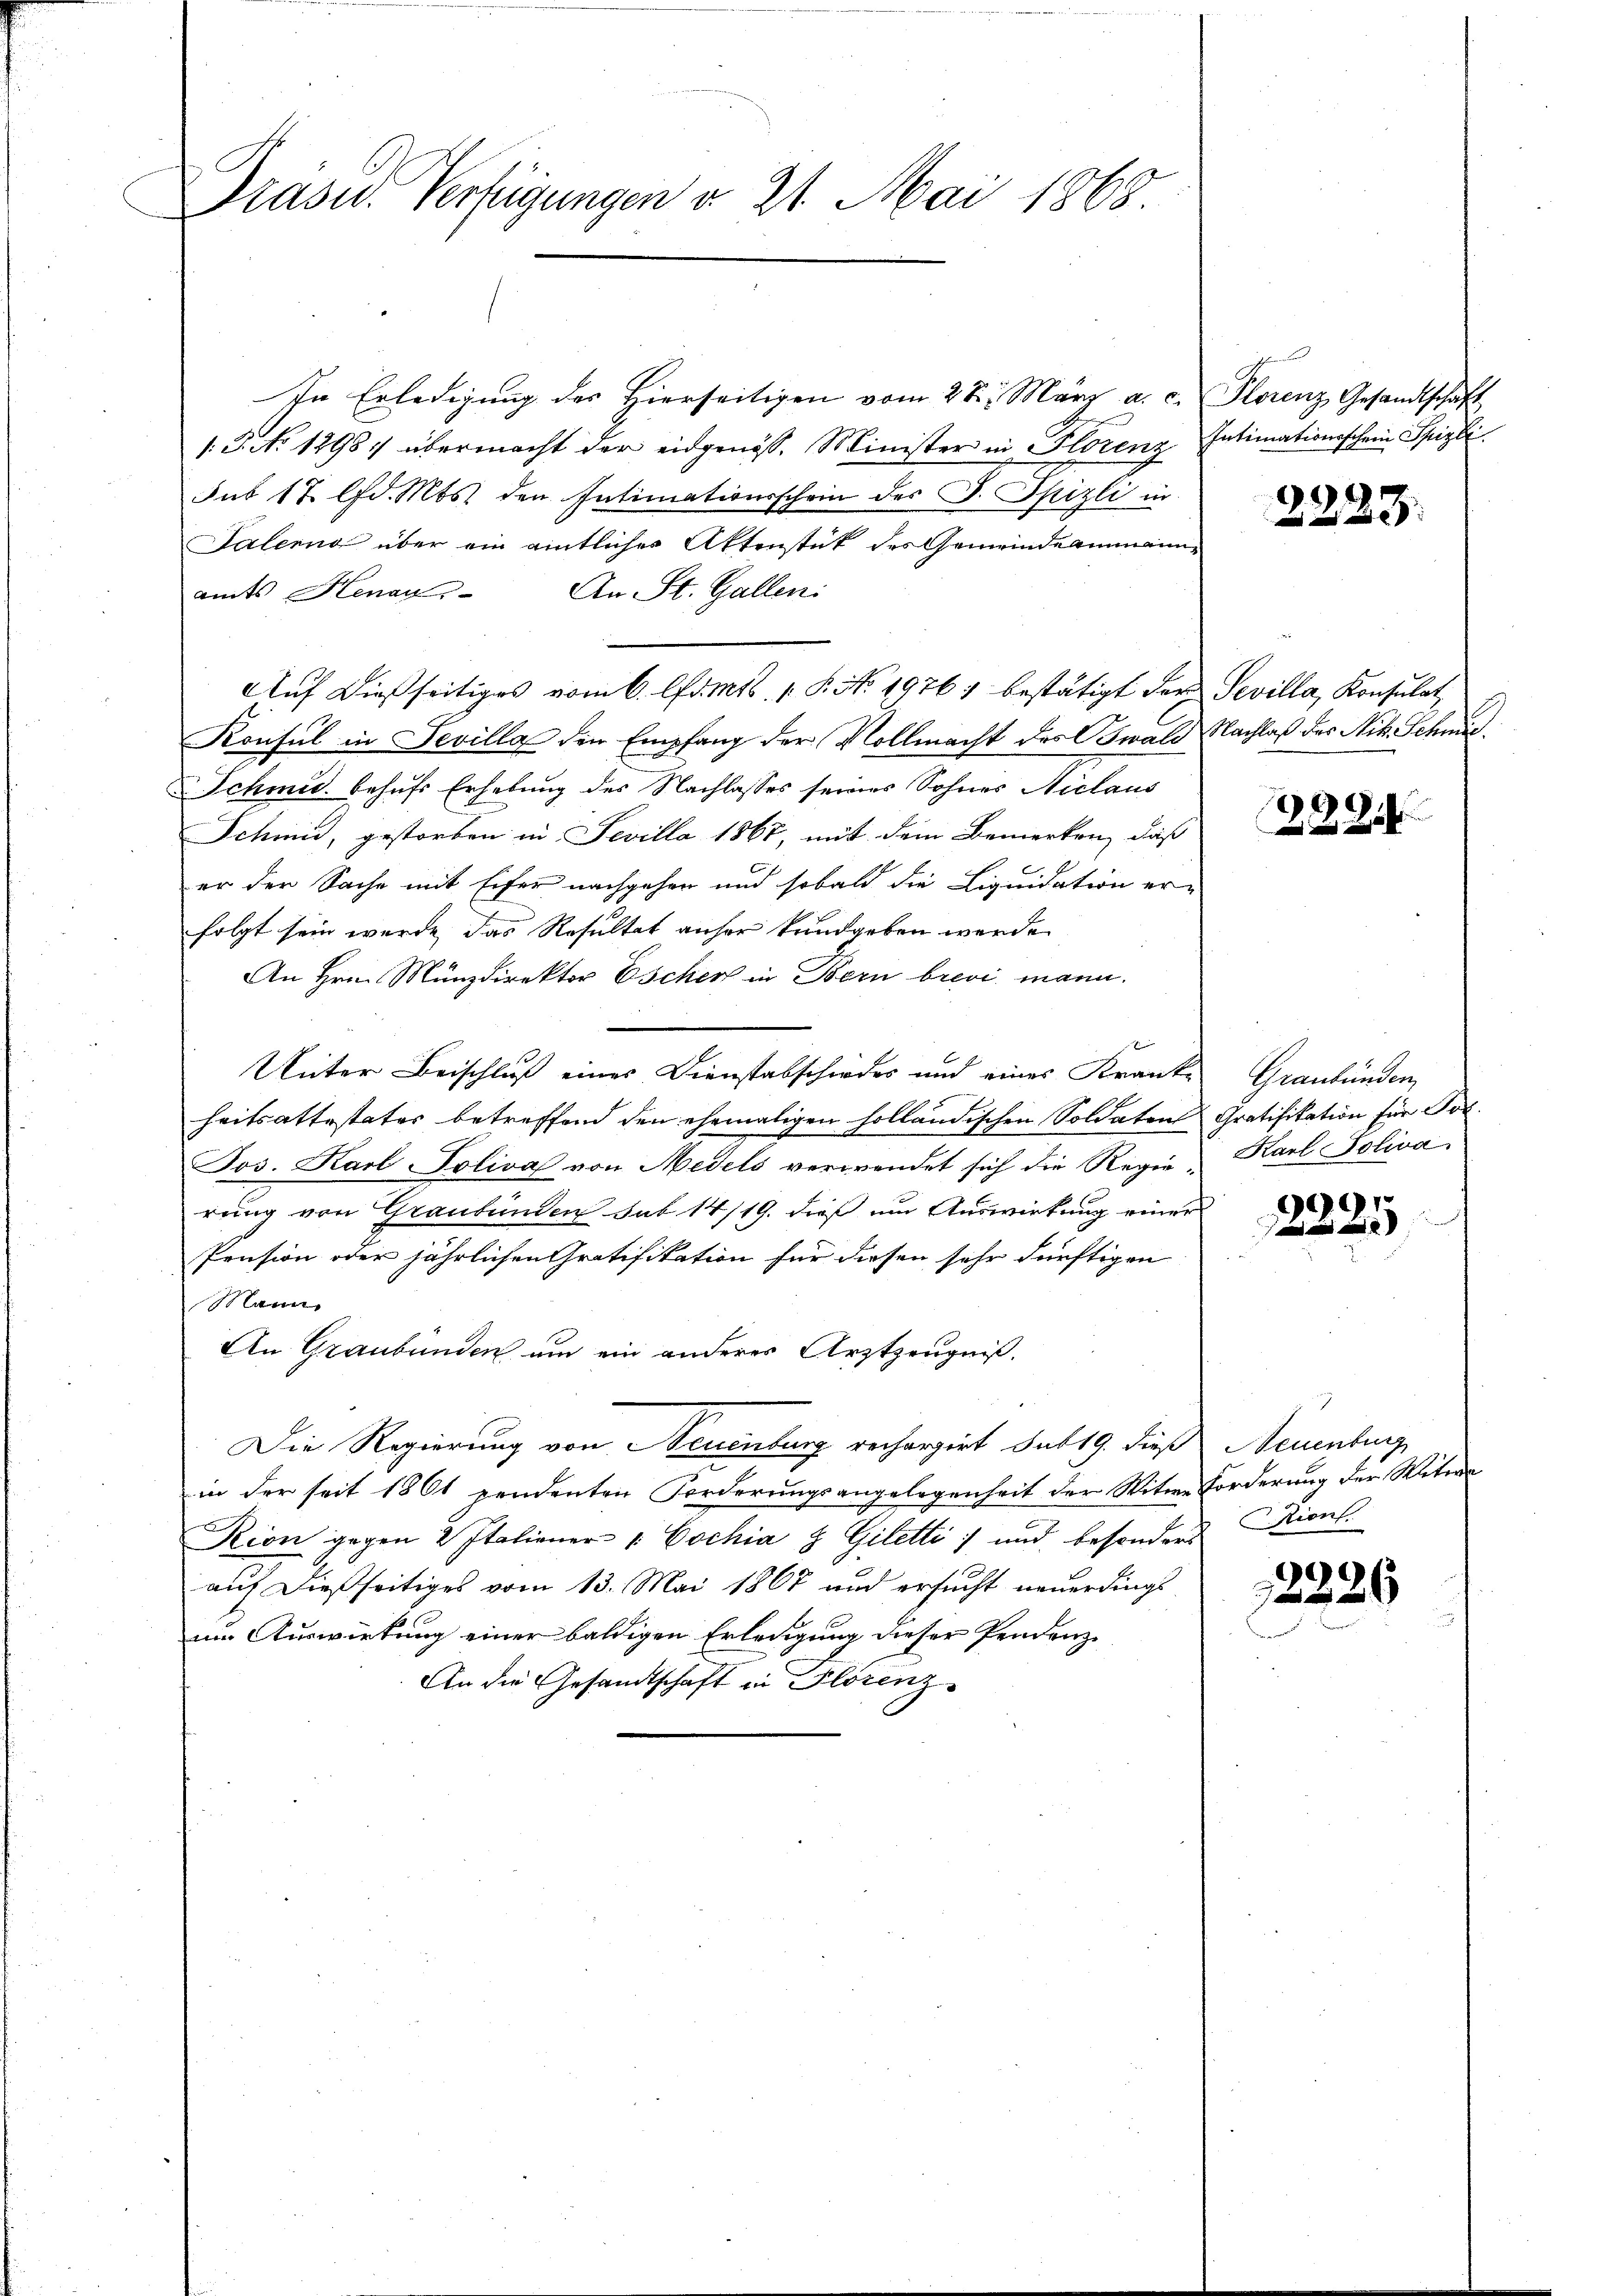
Präsid. Verfügungen v. 21. Mai 1868

In Erledigung des Hierseitigen vom 28. März a. c.
1.P. No 1298 übermacht der eidgenöss. Minister in Florenz
Aut 17 lfd. Mts. den Intimationsschein des J. Spizli in
Salemno über ein eintlicher Aktenstück des Gemeindeammann
amts Henau An St. Gallen:
Konsul in Sevilla den Empfang der Vollmacht des Oswald Nachlaß der Nik. Schmid¬
Schmid behufs Erhebung des Nachlasses seines Sohnes Niclaus
Schmid, gestorben in Fevilla 1867, mit dem Bemerken, daß
er der Sache mit Eifer nachgehen und sobald die Liquidation er-
folgt sein werde, das Resultat anher kundgeben werde.
An Hrn. Münzdirektor Escher in Bern brevi mann.
Unter Beischluß eines Dienstabschiedes und eines Krank-
heitsattestates betreffend den ehemaligen holländischen Soldaten
Jos. Karl Toliva von Medels verwendet sich die Regierung von Graubünden sub 14/19. dieß um Auswirkung einer
Pension oder jährlichen Gratifikation für diesen sehr dürftigen
Mann
An Graubünden auch ein anderer Arztzeugniß.
Die Regierung von Neuenburg rechargirt sub 19. dieß Neuenburg
in der seit 1861 pendenten Forderungsangelegenheit der Witwe Forderung der Witwe
Kion gegen 2 Italiener " Cochia & Giletti und besonders Diens
auf dießseitiges vom 13. Mai 1867 und ersucht neuerdings
um Auswirkung einer baldigen Erledigung dieser Pendenz¬
An die Gesandtschaft in Florenz

Auf dießseitiges vom 6. d. Mts. 1. P. No. 1976) bestätigt der Sevilla, Konsulat

Plorenz Gesandtschaft
Intimationsschein Spizle

2223.

2881

Graubünden
Gratifikation für Por
Karl Poliva

2225

12226